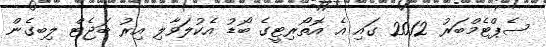
ސެޕްޓެމްބަރު 2012 ގައި އެ އޮތޯރިޓީގެ ބޯޑު އެކުލަވާލި އިރު ބަޖެޓް ލިބިގެން